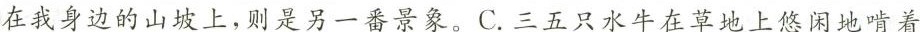
在我身边的山坡上，则是另一番景象。C.\underline{三五只水牛在草地上悠闲地啃着}